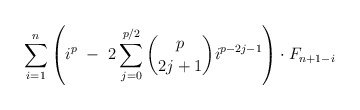
\begin{align*}\ \ \ \ \ \ \ \ \ \ \ \ \ \ \ \ \ \ \sum_{i=1}^{n} \left(i^{p} \ - \ 2\sum_{j=0}^{p/2} \binom{p}{2j+1} i^{p-2j-1} \right) \cdot F_{n+1-i}\end{align*}